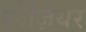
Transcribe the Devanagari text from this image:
ग्लेज़ियर